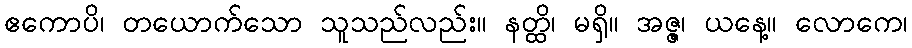
ဧကောပိ၊ တယောက်သော သူသည်လည်း။ နတ္ထိ၊ မရှိ။ အဇ္ဇ၊ ယနေ့။ လောကေ၊